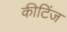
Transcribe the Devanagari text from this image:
कीटिंज